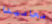
محامينا